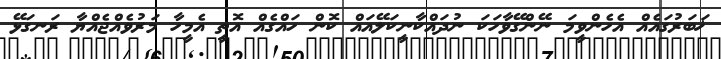
ޚަބަރުގައެއް އެހެންވީމަ ނޭންގޭވާހަކަ ނުދައްކާނީކަލޭއައް ކޮން ހައްގެއް އޮތީ އެމީހާ މަރުވެއްޖެއްޔާ ރަނގަޅޭ